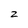
Character: z